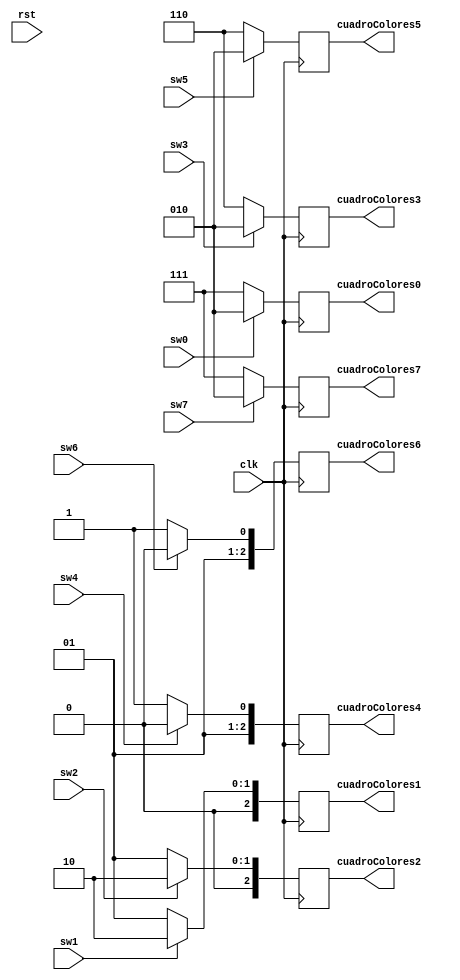
`timescale 1ns / 1ps

module FSM_game # (
		parameter AW = 3,
		parameter DW = 3)
	(
	 	input clk, input rst,
		input sw0, input sw1, input sw2, input sw3,
		input sw4, 	input sw5, 	input sw6, 	input sw7,
		output reg [DW-1:0] cuadroColores0,
		output reg [DW-1:0] cuadroColores1,
		output reg [DW-1:0] cuadroColores2,
		output reg [DW-1:0] cuadroColores3,
		output reg [DW-1:0] cuadroColores4,
		output reg [DW-1:0] cuadroColores5,
		output reg [DW-1:0] cuadroColores6,
		output reg [DW-1:0] cuadroColores7
   );

	/*
	Lgica para simular un cambio de color cuando se oprime 
	un interruptor dentro del rango [0, 7]. El cambio de color
	viene dado como el negado del color actual almacenado
	en la posicin de memoria respectiva. Por ejemplo, si 
	se oprime el interruptor 2 y a ese le corresponde el color 
	001 (sin oprimir el interruptor), el resultado ser 110.
	*/
	localparam colorBase = 3'b010;
	always @(posedge clk) begin
			if (sw0)
				cuadroColores0 = colorBase;
			else 
				cuadroColores0 = 3'b111;
			if (sw1)
				cuadroColores1 = colorBase;
			else
				cuadroColores1 = 3'b001;
			if (sw2)
				cuadroColores2 = colorBase;
			else
				cuadroColores2 = 3'b001;
			if (sw3)
				cuadroColores3 = colorBase;
			else
				cuadroColores3 = 3'b110;
			if (sw4)
				cuadroColores4 = colorBase;
			else
				cuadroColores4 = 3'b011;
			if (sw5)
				cuadroColores5 = colorBase;
			else
				cuadroColores5 = 3'b110;
			if (sw6)
				cuadroColores6 = colorBase;
			else
				cuadroColores6 = 3'b011;
			if (sw7)
				cuadroColores7 = colorBase;
			else
				cuadroColores7 = 3'b111;
	end

endmodule